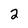
Character: 2